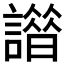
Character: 𧬢